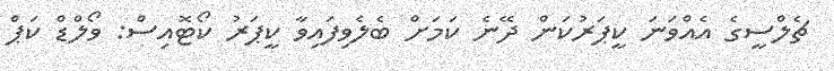
ޗެލްސީގެ އެއްވަނަ ކީޕަރުކަން ދޭނެ ކަމަށް ބެލެވިފައިވާ ކީޕަރު ކޯޓޮއިސް: ވޯލްޑް ކަޕް